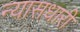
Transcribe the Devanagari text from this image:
न्यासधारी